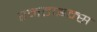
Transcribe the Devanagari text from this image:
रनटाइम्स